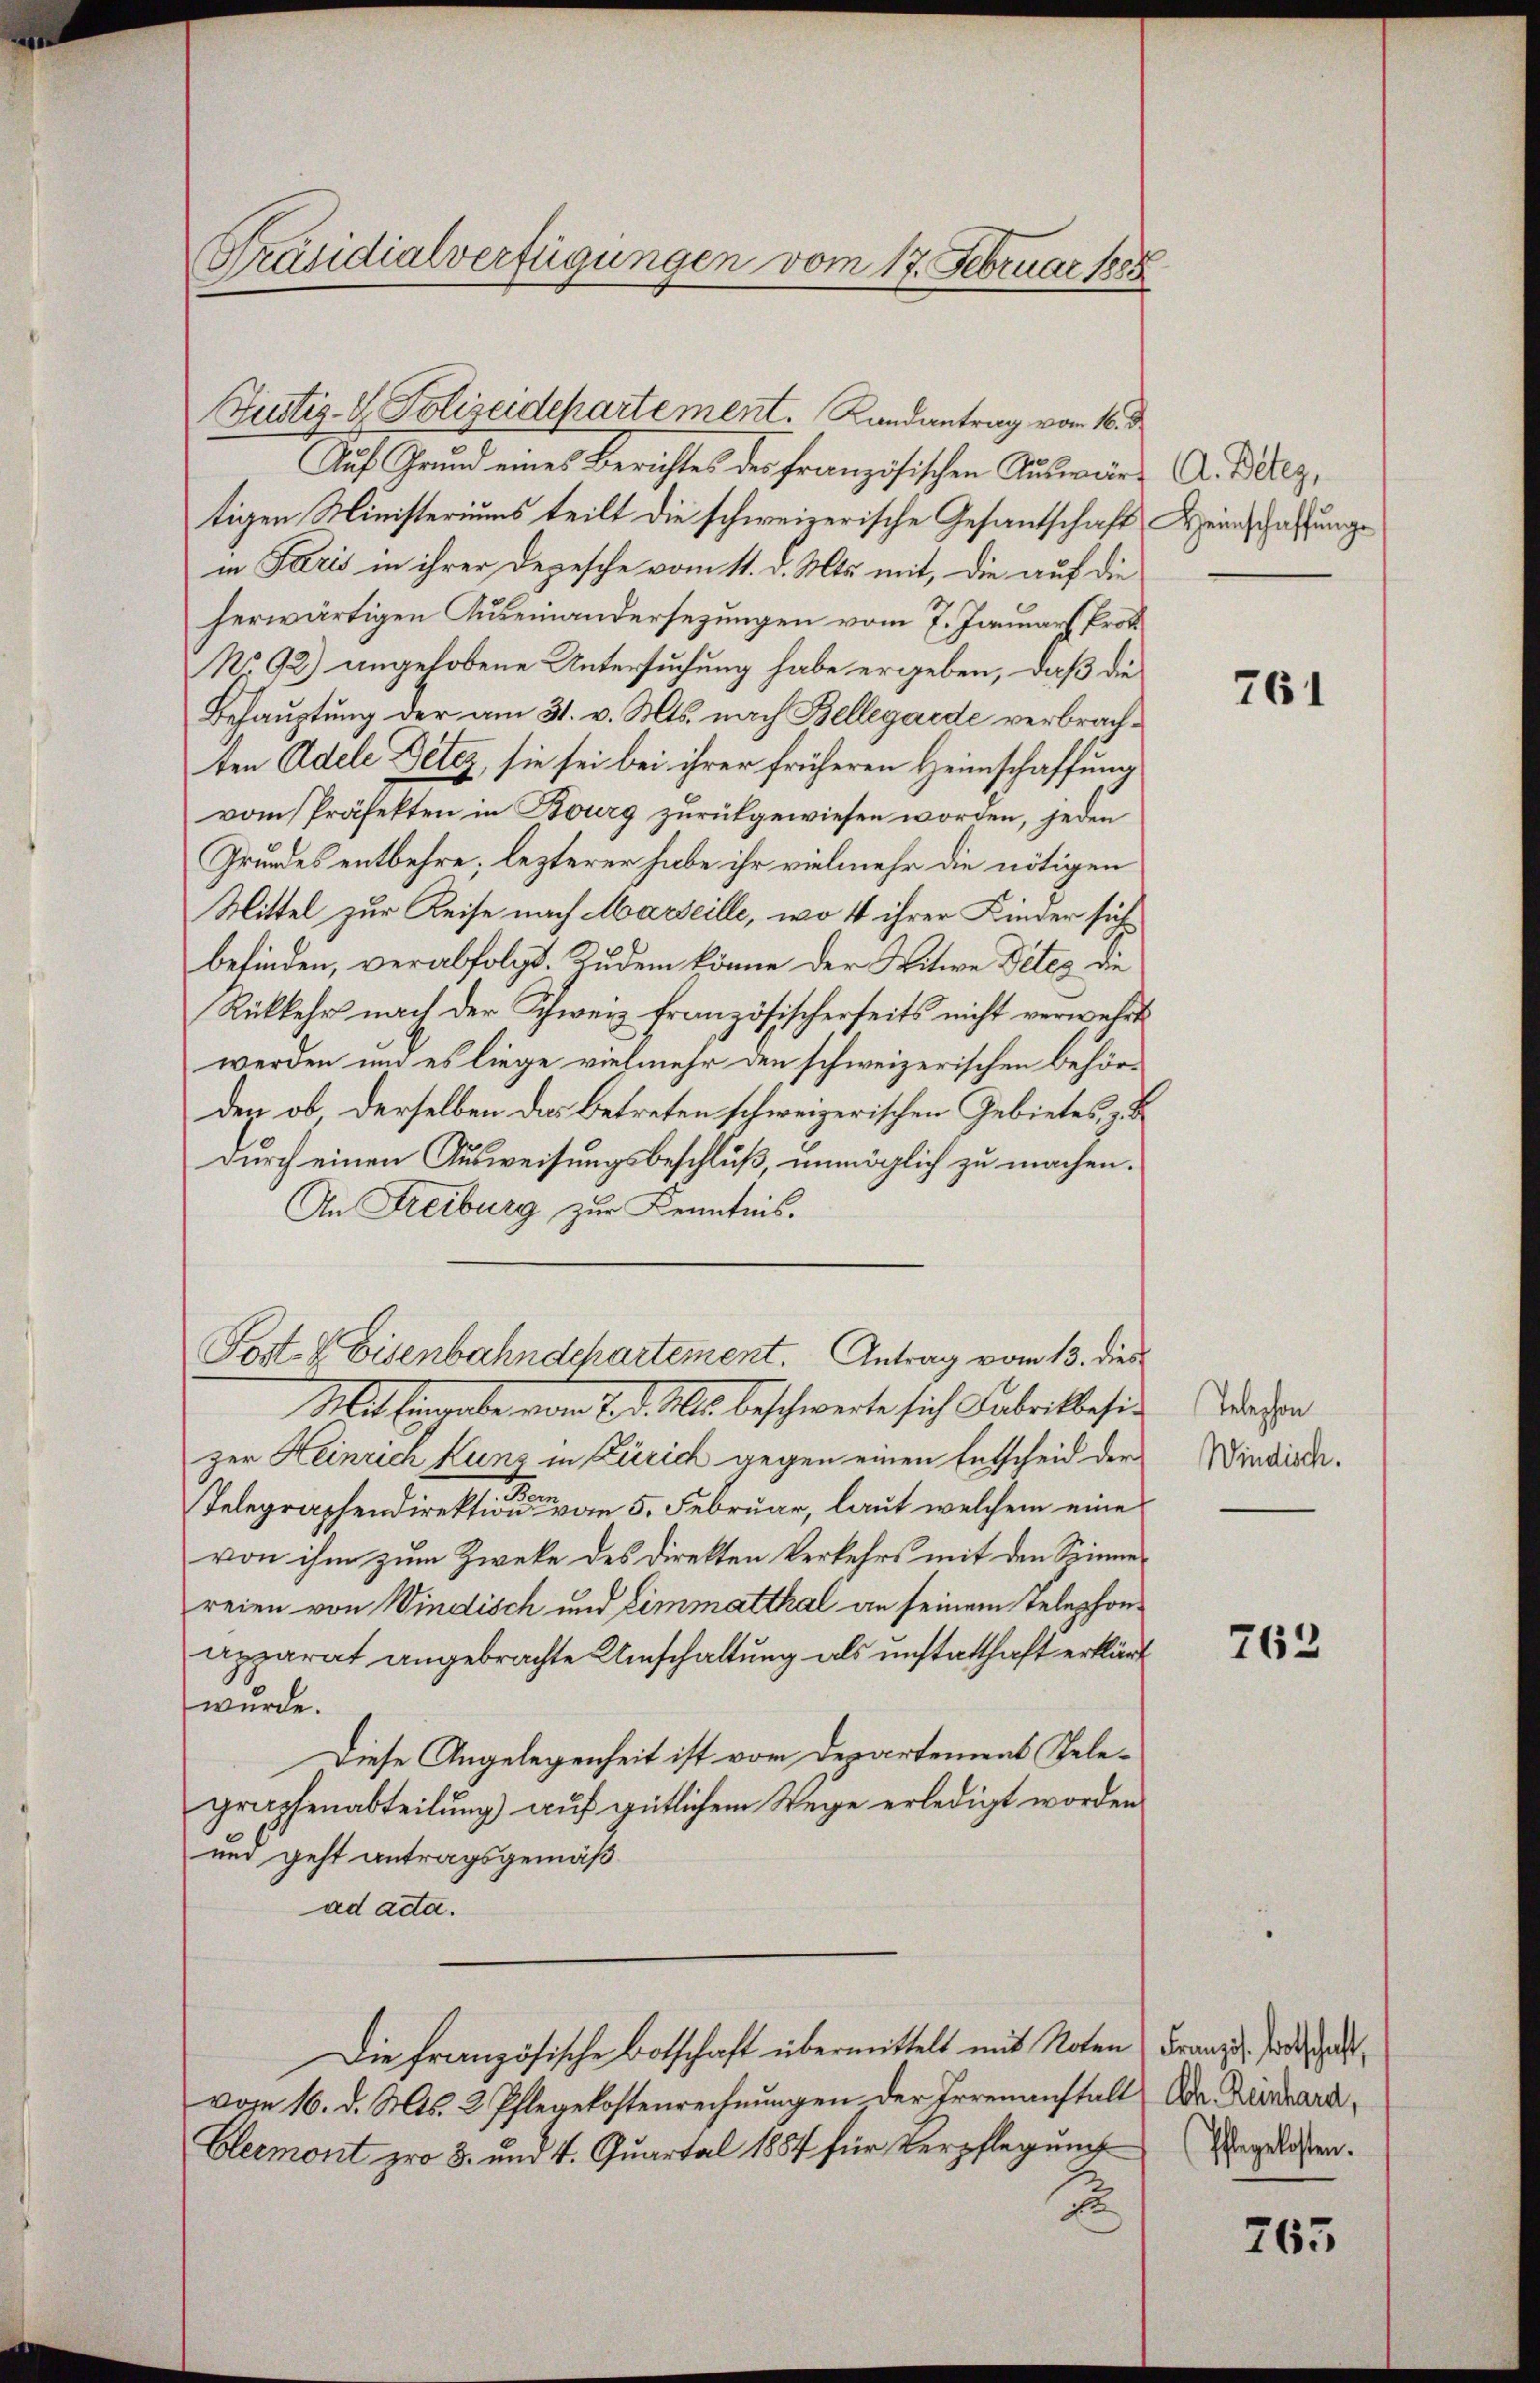
Präsidialverfügungen vom 17. Februar 1885

Justiz- & Polizeidepartement. Landantrag vom 16. d
Auf Grund eines Berichtes des französischen Auswärtigen Ministeriums teilt die schweizerische Gesantschaft Heinschaffunge
in Paris in ihrer Depesche vom 11. d. Mts. mit, die auf die
herwärtigen Auseinandersezungen vom 7. Januar Prof.
No 92) angehobene Untersuchung habe ergeben, daß die
Behauptung der am 31. v. Mts. nach Bellegarde verbrachten Adele Deter, sie sei bei ihrer früheren Heimschaffung
vom Präfekten in Bourg zurückgewiesen worden, jeden
Grundes entbehre; lezterer habe ihr vielmehr die nötigen
Mittel zur Reise nach Marseille, wo 4 ihrer Kinder sich
befinden, verabfolgt. Rudem könne der Witwe Detes die
Rükkehr nach der Schweiz französischerseits nicht verwehrt
werden und es liege vielmehr den schweizerischen Behörden ob derselben das Betreten schweizerischen Gebietes, z. B.
durch einen Ausweisungsbeschluß, unmöglich zu machen.
An Freiburg zur Kenntnis.
Post- & Eisenbahndchartement. Antrag vom 13. dies
Mit Eingabe vom 7. d. Mts. beschwerte sich Fabrikbesizer Heinrich Kunz in Zürich gegen einen Entscheid der
Telegraphendirektion vom 5. Februar, laut welchem eine
von ihm zum Zweke des Direkten Verkehrs mit den Spinne
reien von Windisch und Limmatthal an seinem Telephonapparat angebrachte Umschaltung als unstatthaft erklärt
wurde.
Diese Angelegenheit ist vom Departement Telegraphenabteilung auf gütlichem Wege erledigt worden
und geht antragsgemäß
ad acta.
Die Französische Botschaft übermittelt mit Noten Franz d. Jedes ha
vom 16. d. Mts. 2 Pflegekostenrechnungen der Irrenanstalt Dr Dürrard,
Clermont pro 8. und 4. Quartal 1857 für Verpflegung
xx

A. Detez,

761

Tebeschon
Windisch.

763

Pflegekosten.

765